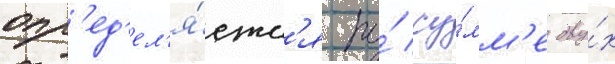
опр'ед'ел'я́етс'я по́ су́мм'е дву́х